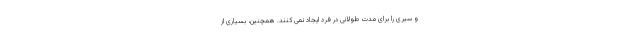
و سیری را برای مدت طولانی در فرد ایجاد نمی کنند. همچنین، بسیاری از